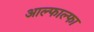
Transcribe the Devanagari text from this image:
आल्फाल्फा